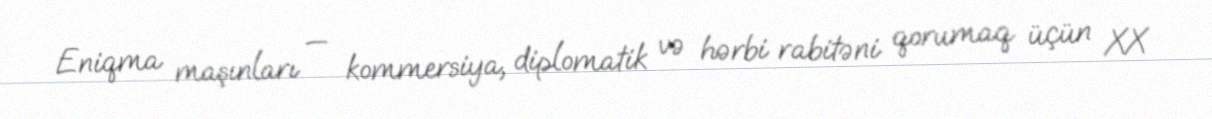
Eniqma maşınları — kommersiya, diplomatik və hərbi rabitəni qorumaq üçün XX